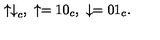
{ \binom { \uparrow } { \downarrow } } _ { c } , \ \uparrow = { \binom { 1 } { 0 } } _ { c } , \ \downarrow = { \binom { 0 } { 1 } } _ { c } .